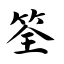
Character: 筌